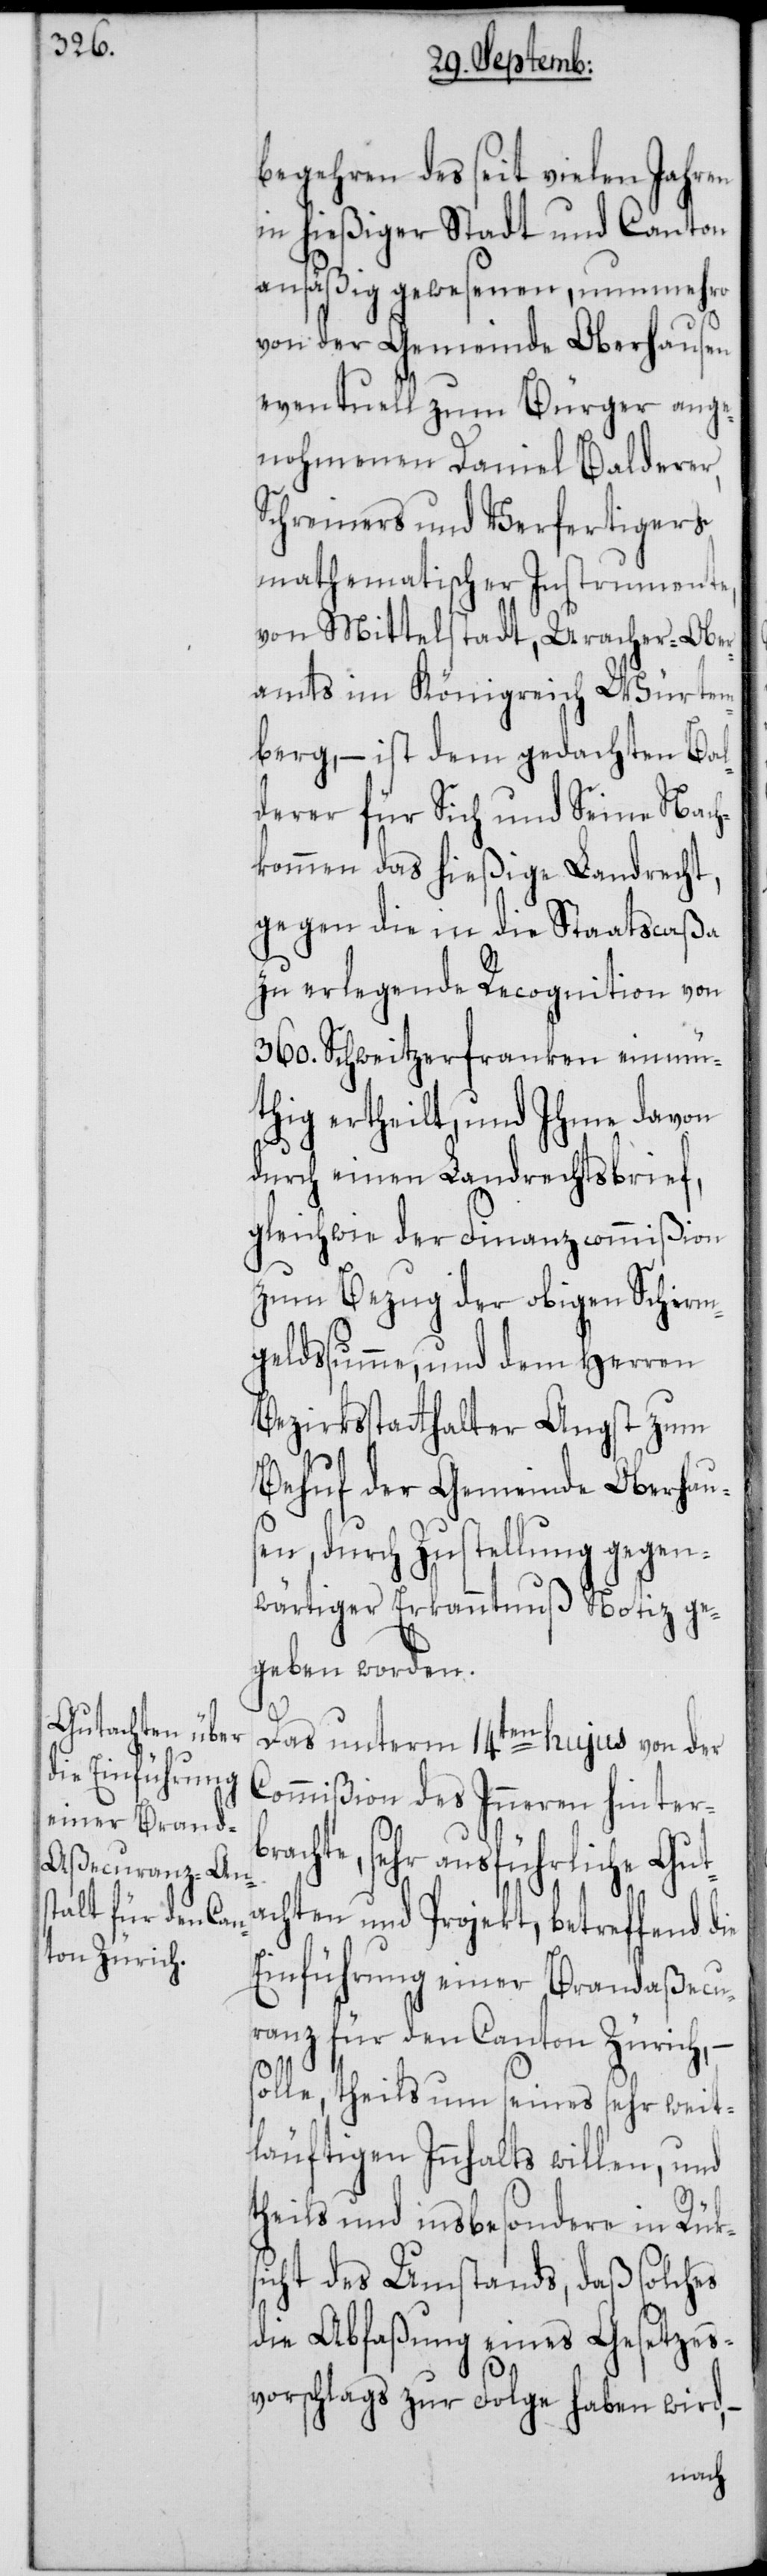
begehren des seit vielen Jahren
in hießiger Stadt und Canton
ansäßig gewesenen, nunmehro
von der Gemeinde Oberhausen
eventuell zum Bürger ange¬
nohmenen Daniel Balderer,
Schreiners und Verfertigers
mathematischer Instrumente,
von Mittelstadt, Uracher-Ober¬
amts im Königreich Würtem¬
berg, – ist dem gedachten Ba¬
lderer für Sich und Seine Nach¬
kommen das hießige Landrecht,
gegen die in die Staatscaßa
zu erlegende Recognition von
360. Schweitzerfranken einmü¬
thig ertheilt, und Ihme davon
durch einen Landrechtsbrief,
gleichwie der Finanzcommißion
zum Bezug der obigen Schirm¬
geldsumme, und dem Herren
Bezirksstatthalter Angst zum
Behuf der Gemeinde Oberhau¬
sen, durch Zustellung gegen¬
wärtiger Erkanntnuß Notiz ge¬
geben worden.
Das unterm 14ten hujus von der
Commißion des Inneren hinter¬
te, sehr ausführliche Gut¬
achten und Projekt, betreffend die
Einführung einer Brandaßecu¬
ranz für den Canton Zürich,
solle, theils um seines sehr weit¬
läuftigen Innhalts willen, und
theils und insbesondere in Rüks¬
icht des Umstands, daß solches
die Abfaßung eines Gesetzes¬
vorschlags zur Folge haben wird,
brach¬